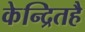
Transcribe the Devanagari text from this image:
केन्द्रितहै